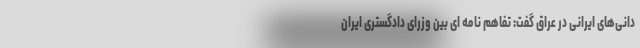
دانی‌های ایرانی در عراق گفت: تفاهم نامه ای بین وزرای دادگستری ایران